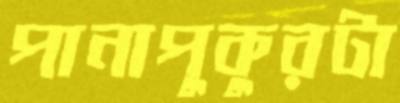
পানাপুকুরটা